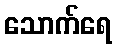
သောက်ရေ